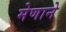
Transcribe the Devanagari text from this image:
मेणाने